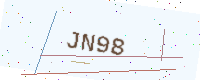
Text: JN98